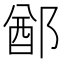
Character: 𨜟